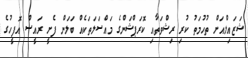
ޝަޒައިލްއަށް ތުހުމަތު ކުރި ރިޝްވަތާއި ކޮރަޕްޝަންގެ މައްސަލަތަކެއް ބަލަން ފެށީ ރައީސް އޮފީހުގެ